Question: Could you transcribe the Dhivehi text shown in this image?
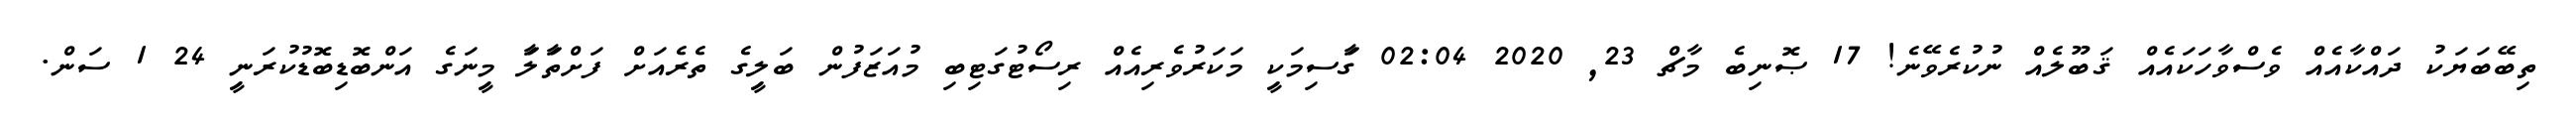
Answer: ތިބޭބަޔަކު ދައްކާއެއް ވެސްވާހަކައެއް ޤަބޫލެއް ނުކުރެވޭނެ! 17 ޞޮނިބެ މާޗް 23, 2020 02:04 ގަާސިމަކިީ މަކަރުވެރިއެއް ރިސޯޓުގަޓިބި މުއަޒަފުން ބަލިީގެ ތެރެއަށް ފަށްތަާލަާ މިީނަގެ އަންބޮޑިބޮޑުކުރަނިީ 24 1 ސަން.